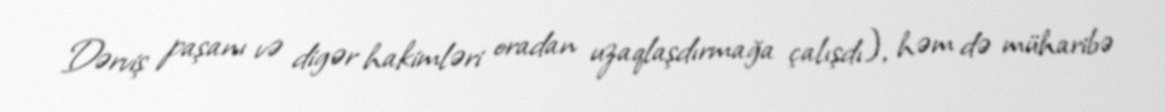
Dərviş paşanı və digər hakimləri oradan uzaqlaşdırmağa çalışdı), həm də müharibə